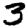
Digit: 3